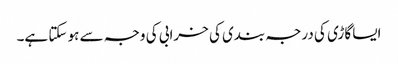
ایسا گاڑی کی درجہ بندی کی خرابی کی وجہ سے ہو سکتا ہے۔